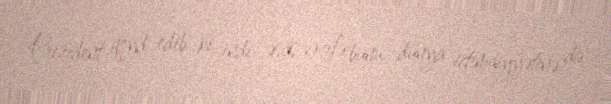
Prezident qeyd edib ki, indi əsas vəzifə bunu dünya ictimaiyyətinə də